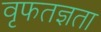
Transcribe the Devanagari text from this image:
वृफतज्ञता